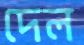
দেল